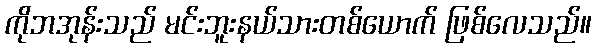
ကိုဘအုန်းသည် မင်းဘူးနယ်သားတစ်ယောက် ဖြစ်လေသည်။